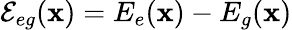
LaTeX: \mathcal{E}_{eg}(\textbf{x})=E_{e}(\textbf{x})-E_{g}(\textbf{x})